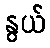
နွယ်